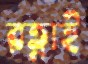
রত্নাই